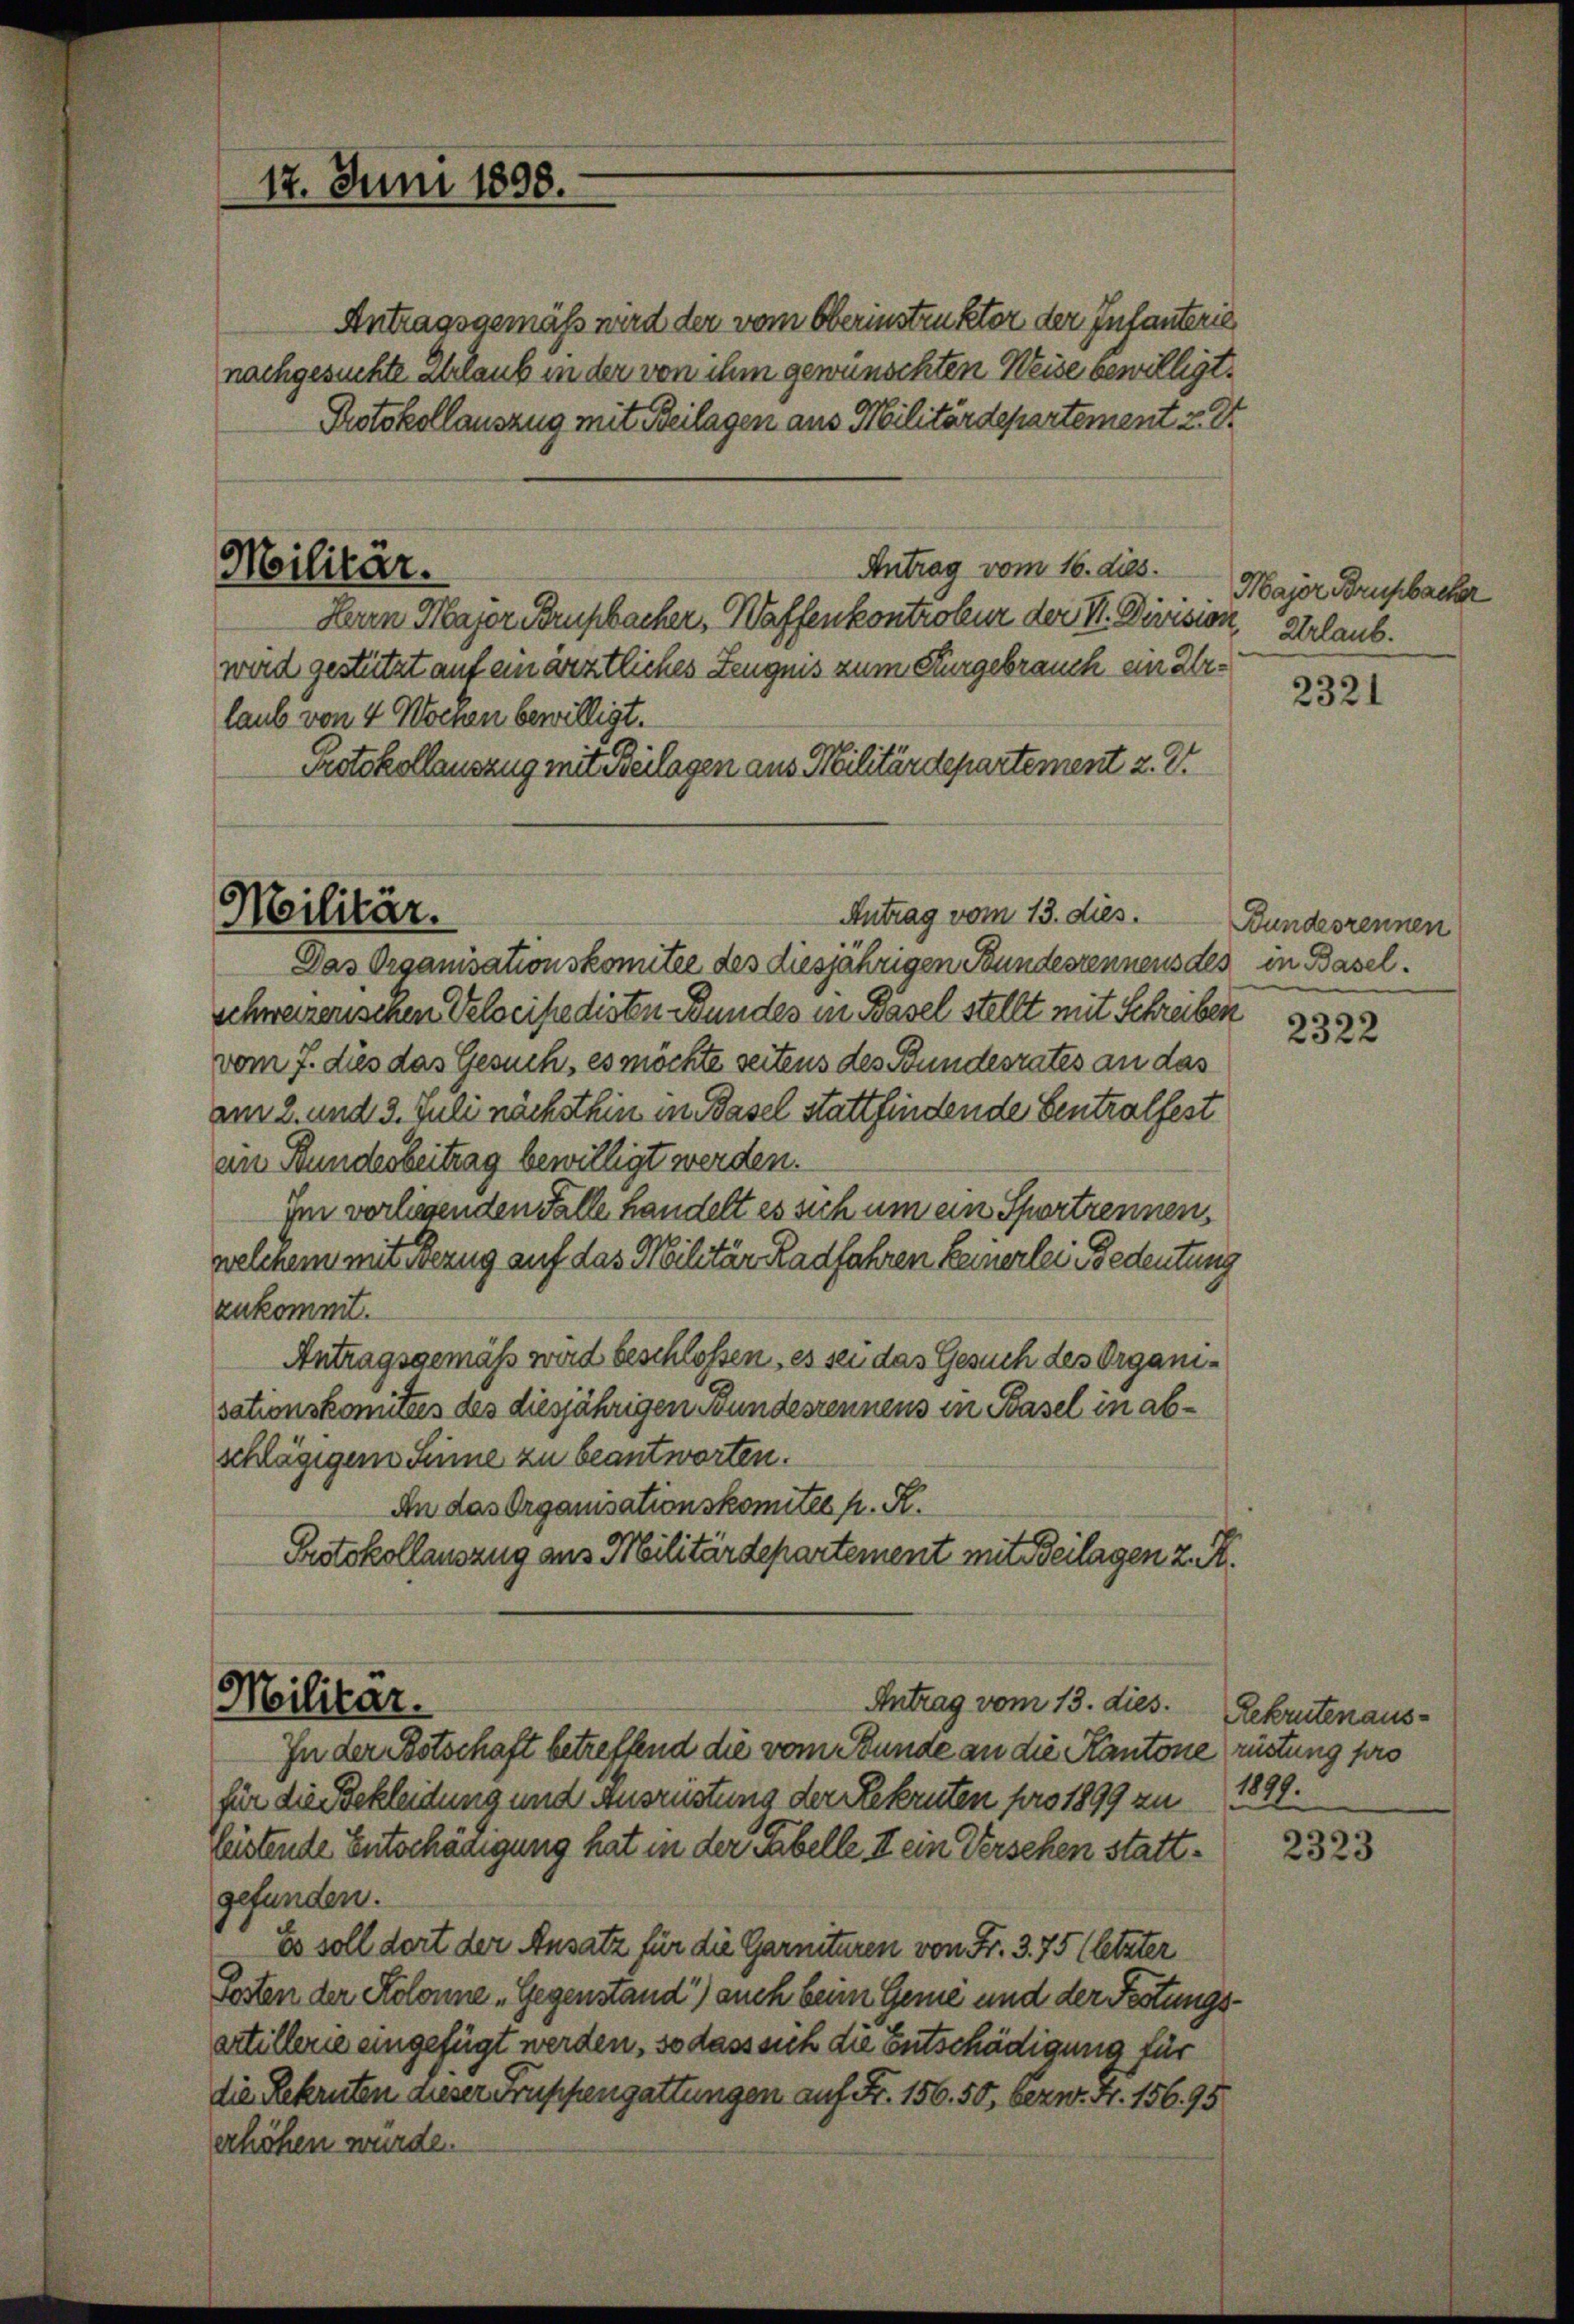
17. Juni 1898.

Militär.

Antragsgemäß wird der vom Oberinstruktor der Infanterie
nachgesuchte Erlaub in der von ihm gewünschten Weise bewilligt.
Protokollauszug mit Beilagen aus Militärdepartement z. St
Antrag vom 16. dies.
Herrn Major Brupbacker, Waffenkontroleur der II. Division,
wird gestützt auf ein ärztliches Zeugnis zum Kurgebrauch ein Urlaub von 4 Wochen bewilligt.
Protokollauszug mit Beilagen aus Militärdepartement z. Dr.

Militär.

Das Organisationskomitee des diesjährigen Bundesrennens des in Basel.
schweizerischen Velocipedisten Bundes in Basel stellt mit Schreiben
vom 7. dies das Gesuch, es möchte seitens des Bundesrates an das
am 2. und 3. Juli nächsthin in Basel stattfindende Centralfest
an Stundesbeitrag bewilligt werden.
Im vorliegenden Falle handelt es sich um ein Sportrennen,
welchem mit Bezug auf das Militär Radfahren keinerlei Bedeutung
zukommt.
Antragsgemäß wird beschlossen, es sei das Gesuch des Organisationskomitees des diesjährigen Bundesrennens in Basel in abschlägigem Sinne zu beantworten.
An das Organisationskomitee h. R.
Protokollauszug aus Militärdepartement mit Beilagen z. R.

Antrag vom 13. dies.

Antrag vom 13. dies
Militar.
In der Botschaft betreffend die vom Stunde an die Kantone rüstung pro

Major Brusbacher
Urlaub.

für die Bekleidung und Ausrüstung der Rekruten pro 1899 zu
leistende Entschädigung hat in der Tabelle. II. ein Versehen stattgefunden.
Es soll dort der Ansatz für die Garnituren von Fr. 3. 75 (letzter
Sosten der Kolonne „Gegenstand) auch beim Geme und der Festungsartillerie eingefügt werden, so dass sich die Entschädigung für
die Rekruten dieser Truppengattungen auf Fr. 156. 50, bern. Fr. 156. 95
erhöhen wurde.

2321

Bundesrennen

2322

Rekrutenaus¬
1841.

2323